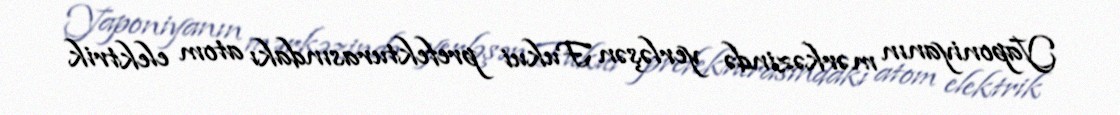
Yaponiyanın mərkəzində yerləşən Fukui prefekturasındakı atom elektrik